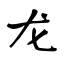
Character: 龙